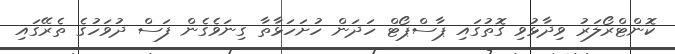
ކޮންޓްރޯލަރު ވިދާޅުވި ގޮތުގައި ޕާސްޕޯޓް ހަދަން ހުށަހަޅާތާ ގިނަވެގެން ފަސް ދުވަހުގެ ތެރޭގައި